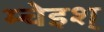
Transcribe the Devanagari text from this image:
म्चेइश्